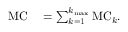
\begin{array} { r l } { \mathrm { M C } } & { { } = \sum _ { k = 1 } ^ { k _ { \mathrm { m a x } } } \mathrm { M C } _ { k } . } \end{array}